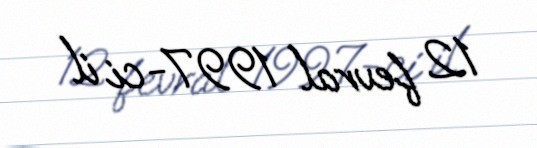
12 fevral 1997-ci il